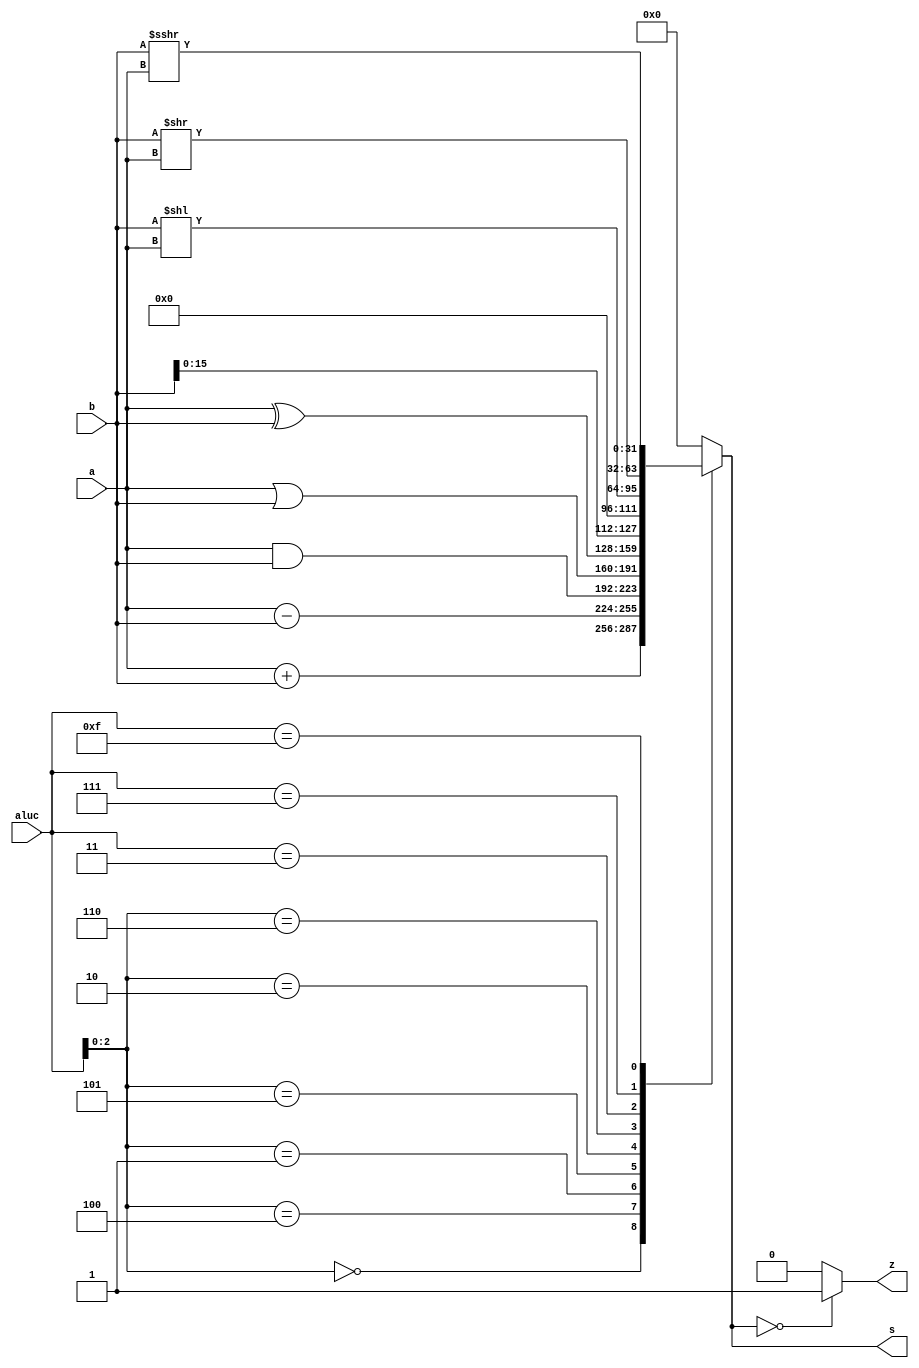
module alu (a,b,aluc,s,z);
   input [31:0] a,b;
   input [3:0] aluc;
   output [31:0] s;
   output        z;
   reg [31:0] s;
   reg        z;
   always @ (a or b or aluc) 
      begin                                   
         casex (aluc)
             4'bx000: s = a + b;              //x000 ADD
             4'bx100: s = a - b;              //x100 SUB
             4'bx001: s = a & b;              //x001 AND
             4'bx101: s = a | b;              //x101 OR
             4'bx010: s = a ^ b;              //x010 XOR
             4'bx110: s = b << 16;            //x110 LUI             
             4'b0011: s = b << a;             //0011 SLL
             4'b0111: s = b >> a;             //0111 SRL 
             4'b1111: s = $signed(b) >>> a;   //1111 SRA
             default: s = 0;
         endcase
         if (s == 0 )  z = 1;
            else z = 0;         
      end      
endmodule